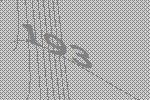
193